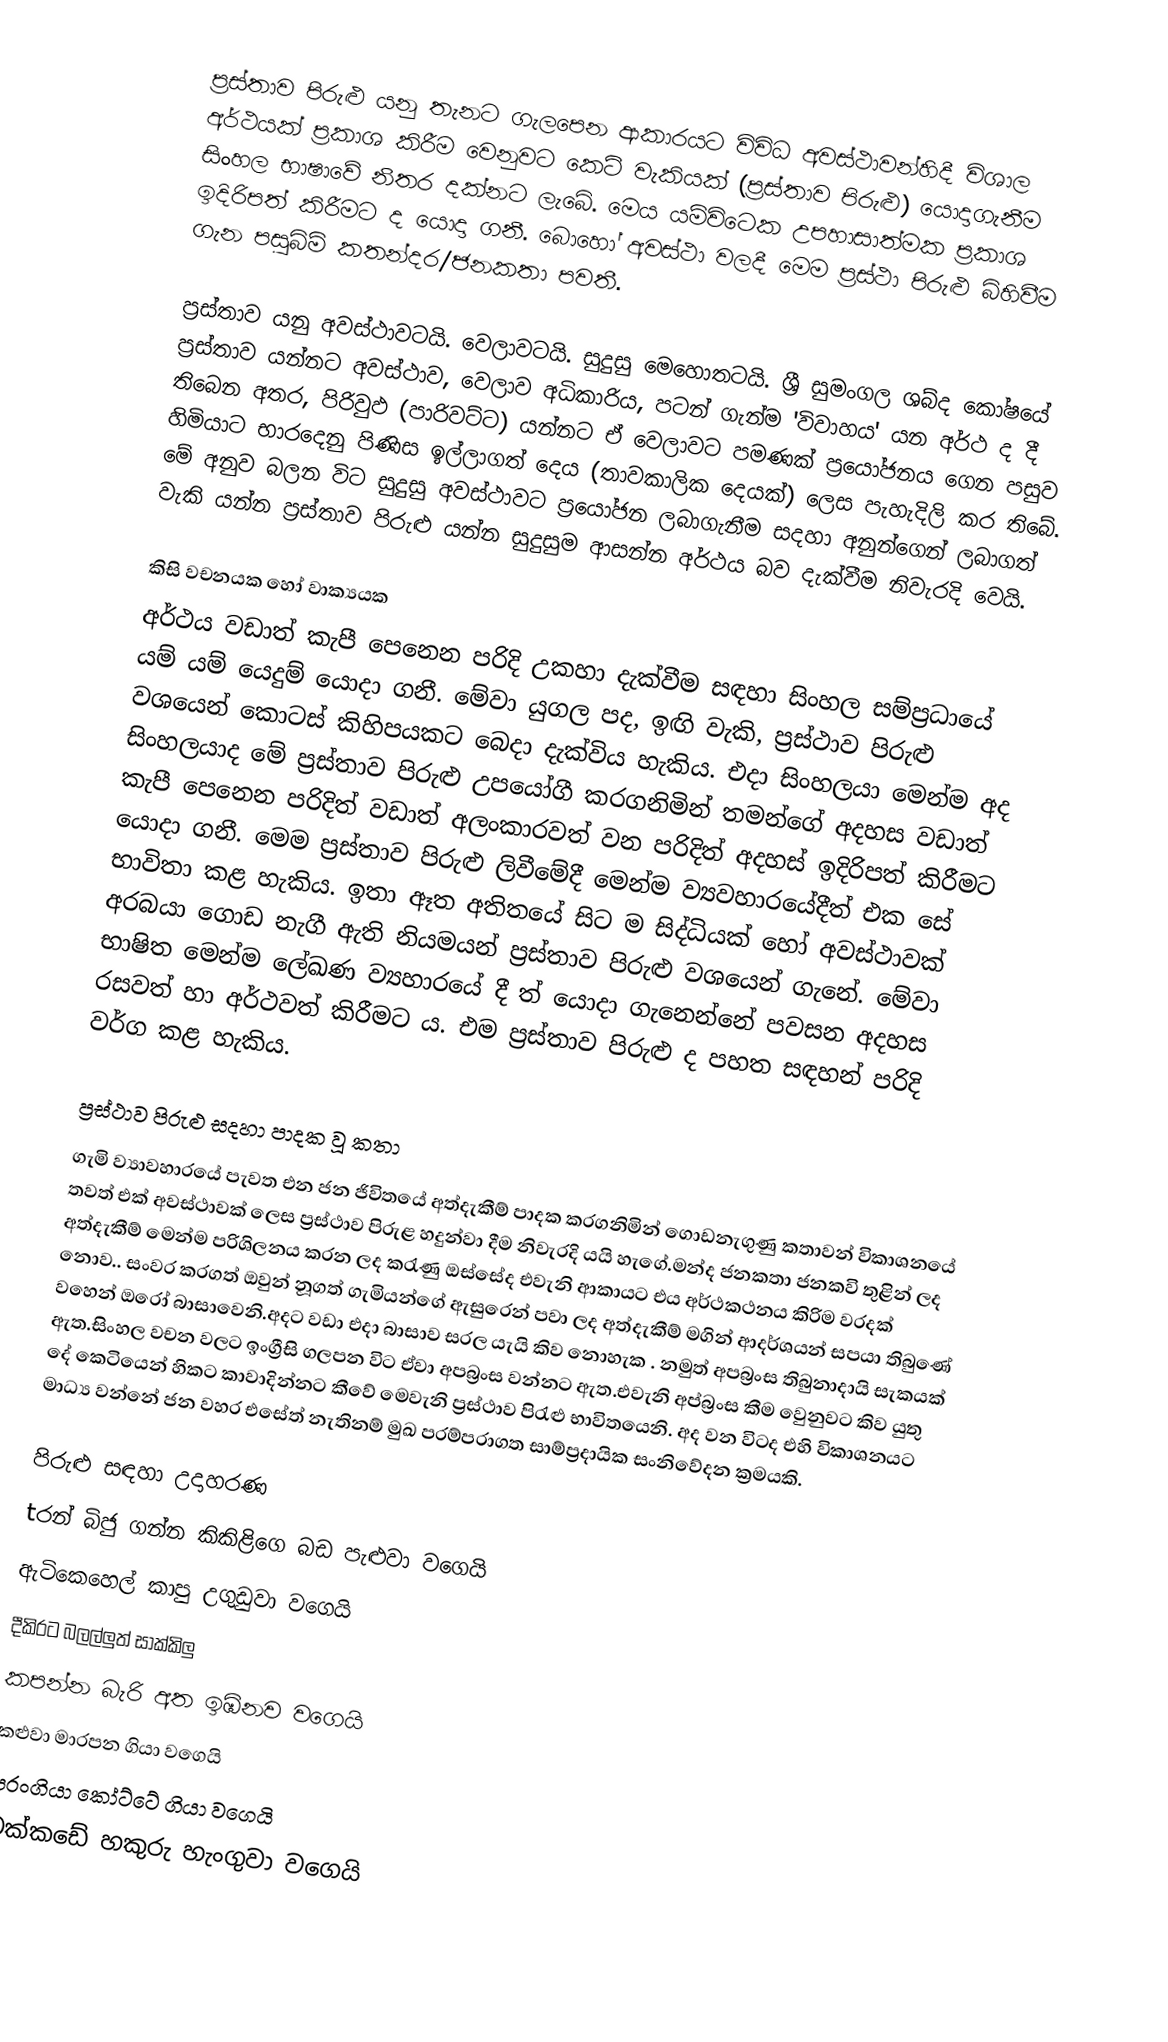
ප්‍රස්තාව පිරුළු යනු තැනට ගැලපෙන ආකාරයට විවිධ අවස්ථාවන්හිදී විශාල අර්ථයක් ප්‍රකාශ කිරීම වෙනුවට කෙටි වැකියක් (ප්‍රස්තාව පිරුළු) යොදාගැනීම සිංහල භාෂාවේ නිතර දක්නට ලැබේ. මෙය යම්විටෙක උපහාසාත්මක ප්‍රකාශ ඉදිරිපත් කිරීමට ද යොදා ගනී. බොහෝ අවස්ථා වලදී මෙම ප්‍රස්ථා පිරුළු බිහිවීම ගැන පසුබිම් කතන්දර/ජනකතා පවතී.

ප්‍රස්තාව යනු අවස්ථාවටයි. වෙලාවටයි. සුදුසු මෙහොතටයි. ශ්‍රී සුමංගල ශබ්ද කෝෂයේ ප්‍රස්තාව යන්නට අවස්ථාව, වෙලාව අධිකාරිය, පටන් ගැන්ම 'විවාහය' යන අර්ථ ද දී තිබෙන අතර, පිරිවුඵ (පාරිවට්ට) යන්නට ඒ වෙලාවට පමණක් ප්‍රයෝජනය ගෙන පසුව හිමියාට භාරදෙනු පිණිස ඉල්ලාගත් දෙය (තාවකාලික දෙයක්) ලෙස පැහැදිලි කර තිබේ. මේ අනුව බලන විට සුදුසු අවස්ථාවට ප්‍රයෝජන ලබාගැනීම සදහා අනුන්ගෙන් ලබාගත් වැකි යන්න ප්‍රස්තාව පිරුළු යන්න සුදුසුම ආසන්න අර්ථය බව දැක්වීම නිවැරදි වෙයි.

කිසි වචනයක හෝ වාක්‍යයක
අර්ථය වඩාත් කැපී පෙනෙන පරිදි උකහා දැක්වීම සඳහා සිංහල සම්ප්‍රධායේ යම් යම් යෙදුම් යොදා ගනී. මේවා යුගල පද, ඉඟි වැකි, ප්‍රස්ථාව පිරුළු වශයෙන් කොටස් කිහිපයකට බෙදා දැක්විය හැකිය. එදා සිංහලයා මෙන්ම අද සිංහලයාද මේ ප්‍රස්තාව   පිරුළු උපයෝගී කරගනිමින් තමන්ගේ අදහස වඩාත් කැපී පෙනෙන පරිදිත් වඩාත් අලංකාරවත් වන පරිදිත් අදහස් ඉදිරිපත් කිරීමට යොදා ගනී. මෙම ප්‍රස්තාව පිරුළු ලිවීමේදී මෙන්ම ව්‍යවහාරයේදීත් එක සේ භාවිතා කළ හැකිය. ඉතා ඈත අතිතයේ සිට ම සිද්ධියක් හෝ අවස්ථාවක් අරබයා ගොඩ නැගී ඇති නියමයන් ප්‍රස්තාව පිරුළු වශයෙන් ගැනේ. මේවා භාෂිත මෙන්ම ලේඛණ ව්‍යහාරයේ දී ත් යොදා ගැනෙන්නේ පවසන අදහස රසවත් හා අර්ථවත් කිරීමට ය. එම ප්‍රස්තාව පිරුළු ද පහත සඳහන් පරිදි වර්ග කළ හැකිය.

ප්‍රස්ථාව පිරුළු සදහා පාදක වූ කතා
ගැමි ව්‍යාවහාරයේ පැවත එන ජන ජිවිතයේ අත්දැකීම් පාදක කරගනිමින් ගොඩනැගුණු කතාවන් විකාශනයේ තවත් එක් අවස්ථාවක් ලෙස ප්‍රස්ථාව පිරුළ හදුන්වා දීම නිවැරදි යයි හැගේ.මන්ද ජනකතා ජනකවි තුළින් ලද අත්දැකීම් මෙන්ම පරිශිලනය කරන ලද කරැණු ඔස්සේද එවැනි ආකායට එය අර්ථකථනය කිරිම වරදක් නොව.. සංවර කරගත් ඔවුන් නූගත් ගැමියන්ගේ ඇසුරෙන් පවා ලද අත්දැකීම් මගින් ආදර්ශයන් සපයා තිබුණේ වහෙන් ඔරෝ බාසාවෙනි.අදට වඩා එදා බාසාව සරල යැයි කිව නොහැක . නමුත් අපබ්‍රංස තිබුනාදායි සැකයක් ඇත.සිංහල වචන වලට ඉංග්‍රීසි ගලපන විට ඒවා අපබ්‍රංස වන්නට ඇත.එවැනි අප්බ්‍රංස කීම වෙුනුවට කිව යුතු දේ කෙටියෙන් හිකට කාවාදින්නට කීවේ මෙවැනි ප්‍රස්ථාව පිරැළු භාවිතයෙනි. අද වන විටද එහි විකාශනයට මාධ්‍ය වන්නේ ජන වහර එසේත් නැතිනම් මුඛ පරම්පරාගත සාම්ප්‍රදායික සංනිවේදන ක්‍රමයකි.

පිරුළු සඳහා උදාහරණ
 tරන් බිජු ගන්න කිකිළිගෙ බඩ පැළුවා වගෙයි
 ඇටිකෙහෙල් කාපු උගුඩුවා වගෙයි
 දීකිරට බලල්ලුත් සාක්කිලු
 කපන්න බැරි අත ඉඹිනව වගෙයි
 කළුවා මාරපන ගියා වගෙයි
 පරංගියා කෝට්ටේ ගියා වගෙයි
 වක්කඩේ හකුරු හැංගුවා වගෙයි
 ක